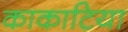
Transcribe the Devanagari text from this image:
काकाटिया